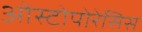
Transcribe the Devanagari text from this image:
ओस्टोपोरेसिस